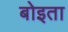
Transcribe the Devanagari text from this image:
बोइता